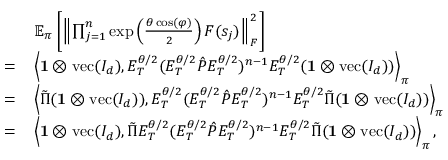
\begin{array} { r l } & { \mathbb { E } _ { \boldsymbol \pi } \left[ \left\lVert \prod _ { j = 1 } ^ { n } \exp \left( \frac { \theta \cos ( \varphi ) } { 2 } \right) F ( s _ { j } ) \right\rVert _ { F } ^ { 2 } \right] } \\ { = \, } & { \left\langle \mathbf { 1 } \otimes \operatorname { v e c } ( I _ { d } ) , E _ { T } ^ { \theta / 2 } ( E _ { T } ^ { \theta / 2 } \hat { P } E _ { T } ^ { \theta / 2 } ) ^ { n - 1 } E _ { T } ^ { \theta / 2 } ( \mathbf { 1 } \otimes \operatorname { v e c } ( I _ { d } ) ) \right\rangle _ { \boldsymbol \pi } } \\ { = \, } & { \left\langle \tilde { \Pi } ( \mathbf { 1 } \otimes \operatorname { v e c } ( I _ { d } ) ) , E _ { T } ^ { \theta / 2 } ( E _ { T } ^ { \theta / 2 } \hat { P } E _ { T } ^ { \theta / 2 } ) ^ { n - 1 } E _ { T } ^ { \theta / 2 } \tilde { \Pi } ( \mathbf { 1 } \otimes \operatorname { v e c } ( I _ { d } ) ) \right\rangle _ { \boldsymbol \pi } } \\ { = \, } & { \left\langle \mathbf { 1 } \otimes \operatorname { v e c } ( I _ { d } ) , \tilde { \Pi } E _ { T } ^ { \theta / 2 } ( E _ { T } ^ { \theta / 2 } \hat { P } E _ { T } ^ { \theta / 2 } ) ^ { n - 1 } E _ { T } ^ { \theta / 2 } \tilde { \Pi } ( \mathbf { 1 } \otimes \operatorname { v e c } ( I _ { d } ) ) \right\rangle _ { \boldsymbol \pi } , } \end{array}